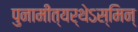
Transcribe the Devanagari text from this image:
पुनामीत्यर्थेऽस्मिन्